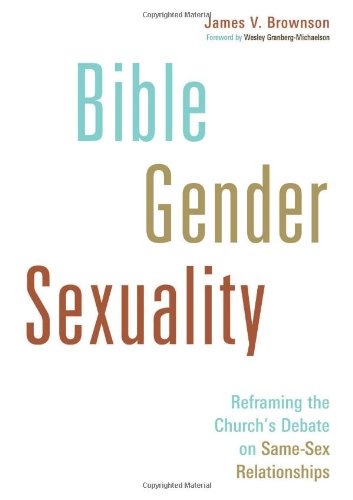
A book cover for Bible, Gender, Sexuality: Reframing the Church's Debate on Same-Sex Relationships; James V. Brownson; Christian Books & Bibles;